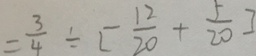
= \frac { 3 } { 4 } \div [ \frac { 1 2 } { 2 0 } + \frac { 5 } { 2 0 } ]